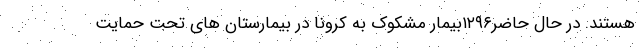
هستند. در حال حاضر۱۲۹۶بیمار مشکوک به کرونا در بیمارستان های تحت حمایت